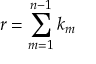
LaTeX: r = \sum _ { m = 1 } ^ { n - 1 } k _ { m }